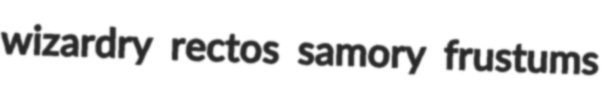
wizardry rectos samory frustums